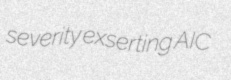
severity exserting AIC